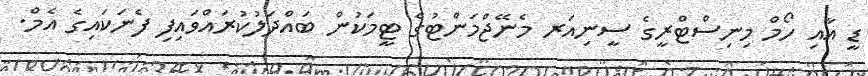
ޑީ އާއި ހޯމް މިނިސްޓްރީގެ ސީނިއަރ މެނޭޖްމަންޓުގެ ޓީމަކުން ބައްދަލުކުރައްވައިފި ފެނަކައިގެ އެމް.